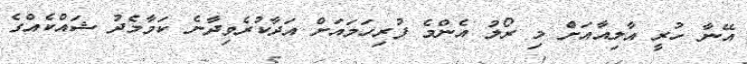
އޭނާ ހުރީ އާލިއާއަށް މި ރޯލު އެންމެ ފުރިހަމައަށް އަދާކުރެވިދާނެ ކަމާމެދު ޝައްކެއްގެ